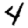
Digit: 4